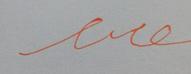
Signature authenticity: forged